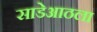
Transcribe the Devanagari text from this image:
साडेआठला